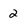
Character: 2